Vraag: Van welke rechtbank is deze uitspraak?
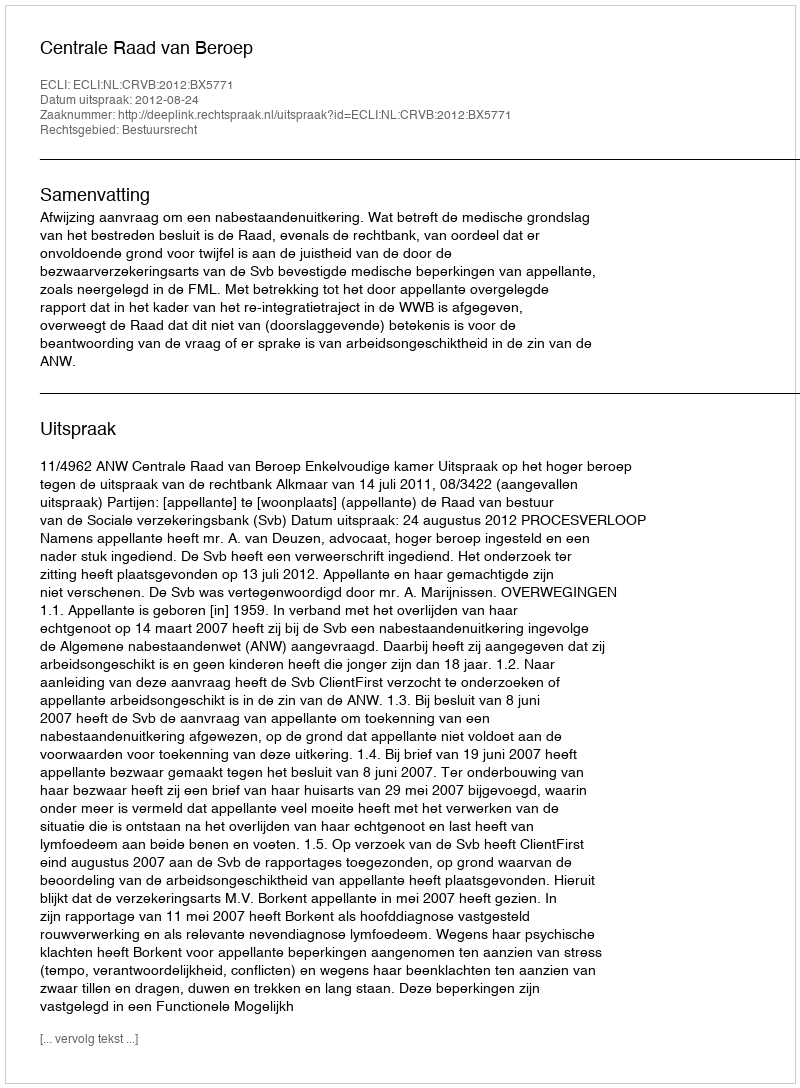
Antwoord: Centrale Raad van Beroep